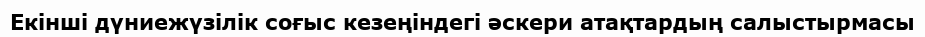
Екінші дүниежүзілік соғыс кезеңіндегі әскери атақтардың салыстырмасы